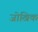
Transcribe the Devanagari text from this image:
जोखिक